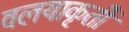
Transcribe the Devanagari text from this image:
वलयाकृती